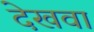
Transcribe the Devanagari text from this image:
देखवा